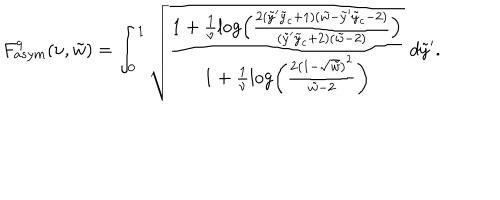
F _ { a s y m } ^ { q } ( \nu , \tilde { w } ) = \int _ { 0 } ^ { 1 } \sqrt { \frac { 1 + \frac { 1 } { \nu } \log \left( \frac { 2 ( \tilde { y } ^ { \prime } \tilde { y } _ { c } + 1 ) ( \tilde { w } - \tilde { y } ^ { \prime } \tilde { y } _ { c } - 2 ) } { ( \tilde { y } ^ { \prime } \tilde { y } _ { c } + 2 ) ( \tilde { w } - 2 ) } \right) } { 1 + \frac { 1 } { \nu } \log \left( \frac { 2 \left( 1 - \sqrt { \tilde { w } } \right) ^ { 2 } } { \tilde { w } - 2 } \right) } } ~ d \tilde { y } ^ { \prime } .